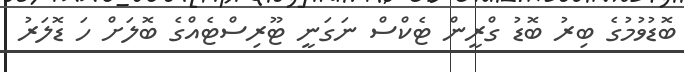
ބޮޑުވުމުގެ ބިރު ބޮޑު ގްރީން ޓެކްސް ނަގަނީ ޓޫރިސްޓެއްގެ ބޮލަށް ހަ ޑޮލަރު